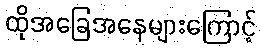
ထိုအခြေအနေများကြောင့်